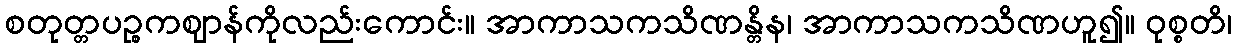
စတုတ္တပဉ္စကဈာန်ကိုလည်းကောင်း။ အာကာသကသိဏန္တိန၊ အာကာသကသိဏဟူ၍။ ဝုစ္စတိ၊